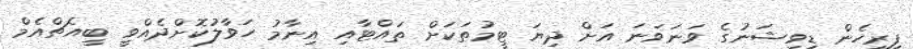
ފިރިހެން ޑިވިޝަނުގެ ވަނަވަނަ އަށް ދިޔަ ޓީމުތަކަށް ތައްޓާއި އިނާމު ހަވާލުކޮށްދެއްވީ ބީއެޗްއެމް